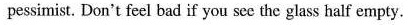
pessimist. Don't feel bad if you see the glass half empty.